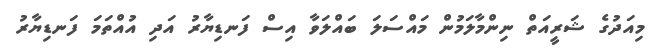
މިއަދުގެ ޝަރީއަތް ނިންމާލަމުން މައްސަލަ ބައްލަވާ އިސް ފަނޑިޔާރު އަދި އުއްތަމަ ފަނޑިޔާރު